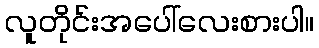
လူတိုင်းအပေါ်လေးစားပါ။